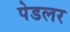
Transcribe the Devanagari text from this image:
पेडलर